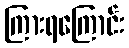
ကြားရကြောင်း